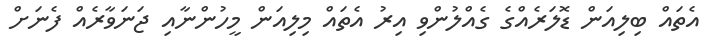
އެތައް ބިލިއަން ޑޮލަރެއްގެ ގެއްލުންވި އިރު އެތައް މިލިއަން މީހުންނާއި ޖަނަވާރެއް ފެނަށް